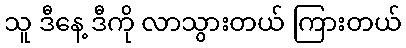
သူ ဒီနေ့ ဒီကို လာသွားတယ် ကြားတယ်